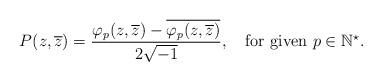
LaTeX: \begin{align*}P(z,\overline{z})=\frac{\varphi_{p}(z,\overline{z})-\overline{\varphi_{p}(z,\overline{z})}}{2\sqrt{-1}},\quad\mbox{for given $p\in\mathbb{N}^{\star}$.}\end{align*}